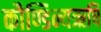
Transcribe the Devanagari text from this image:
कौण्डिन्यऋषि